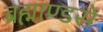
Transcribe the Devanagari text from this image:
ब्रह्माण्डसे